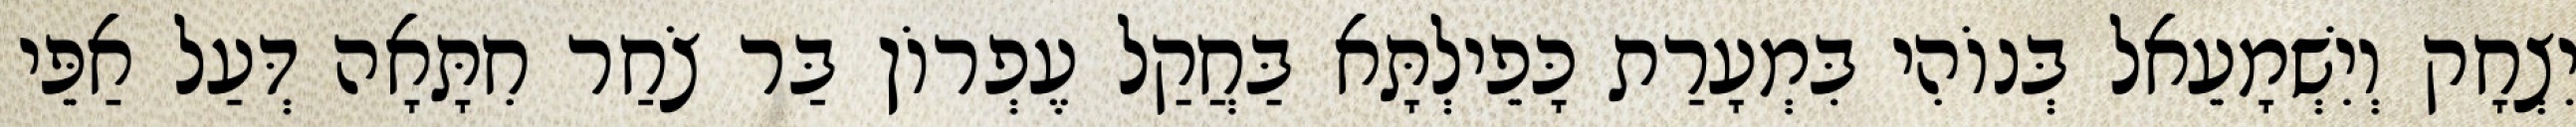
יִצְחָק וְיִשְׁמָעֵאל בְּנוֹהִי בִּמְעָרַת כָּפֵילְתָּא בַּחֲקַל עֶפְרוֹן בַּר צֹחַר חִתָּאָה דְּעַל אַפֵּי